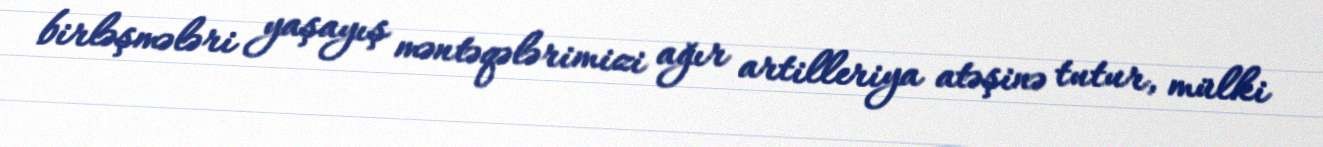
birləşmələri yaşayış məntəqələrimizi ağır artilleriya atəşinə tutur, mülki